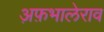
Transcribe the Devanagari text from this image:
अ़फ़भालेराव